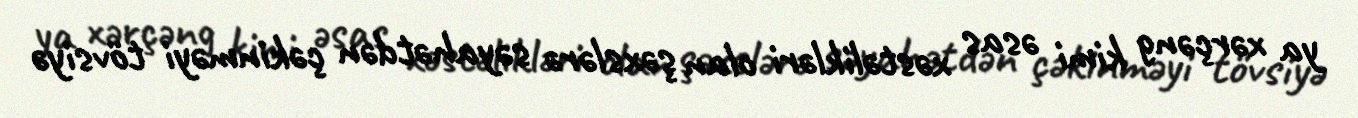
ya xərçəng kimi əsas xəstəlikləri olan şəxslərə səyahətdən çəkinməyi tövsiyə